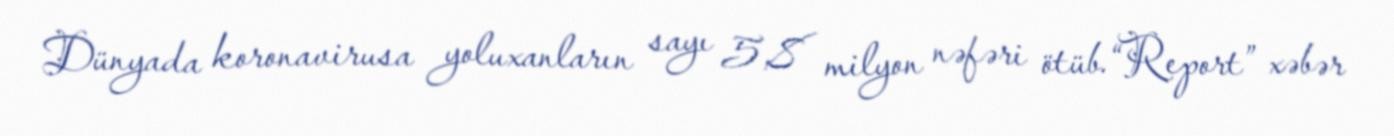
Dünyada koronavirusa yoluxanların sayı 5,8 milyon nəfəri ötüb.“Report” xəbər